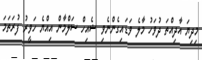
މިދިޔަ އާދިއްތަ ދުވަހު މާލެ ވަޑައިގެންނެވި ޝެއިހް ސަލްމާން އިއްޔެ ހަވީރު ފުރަތަމަ